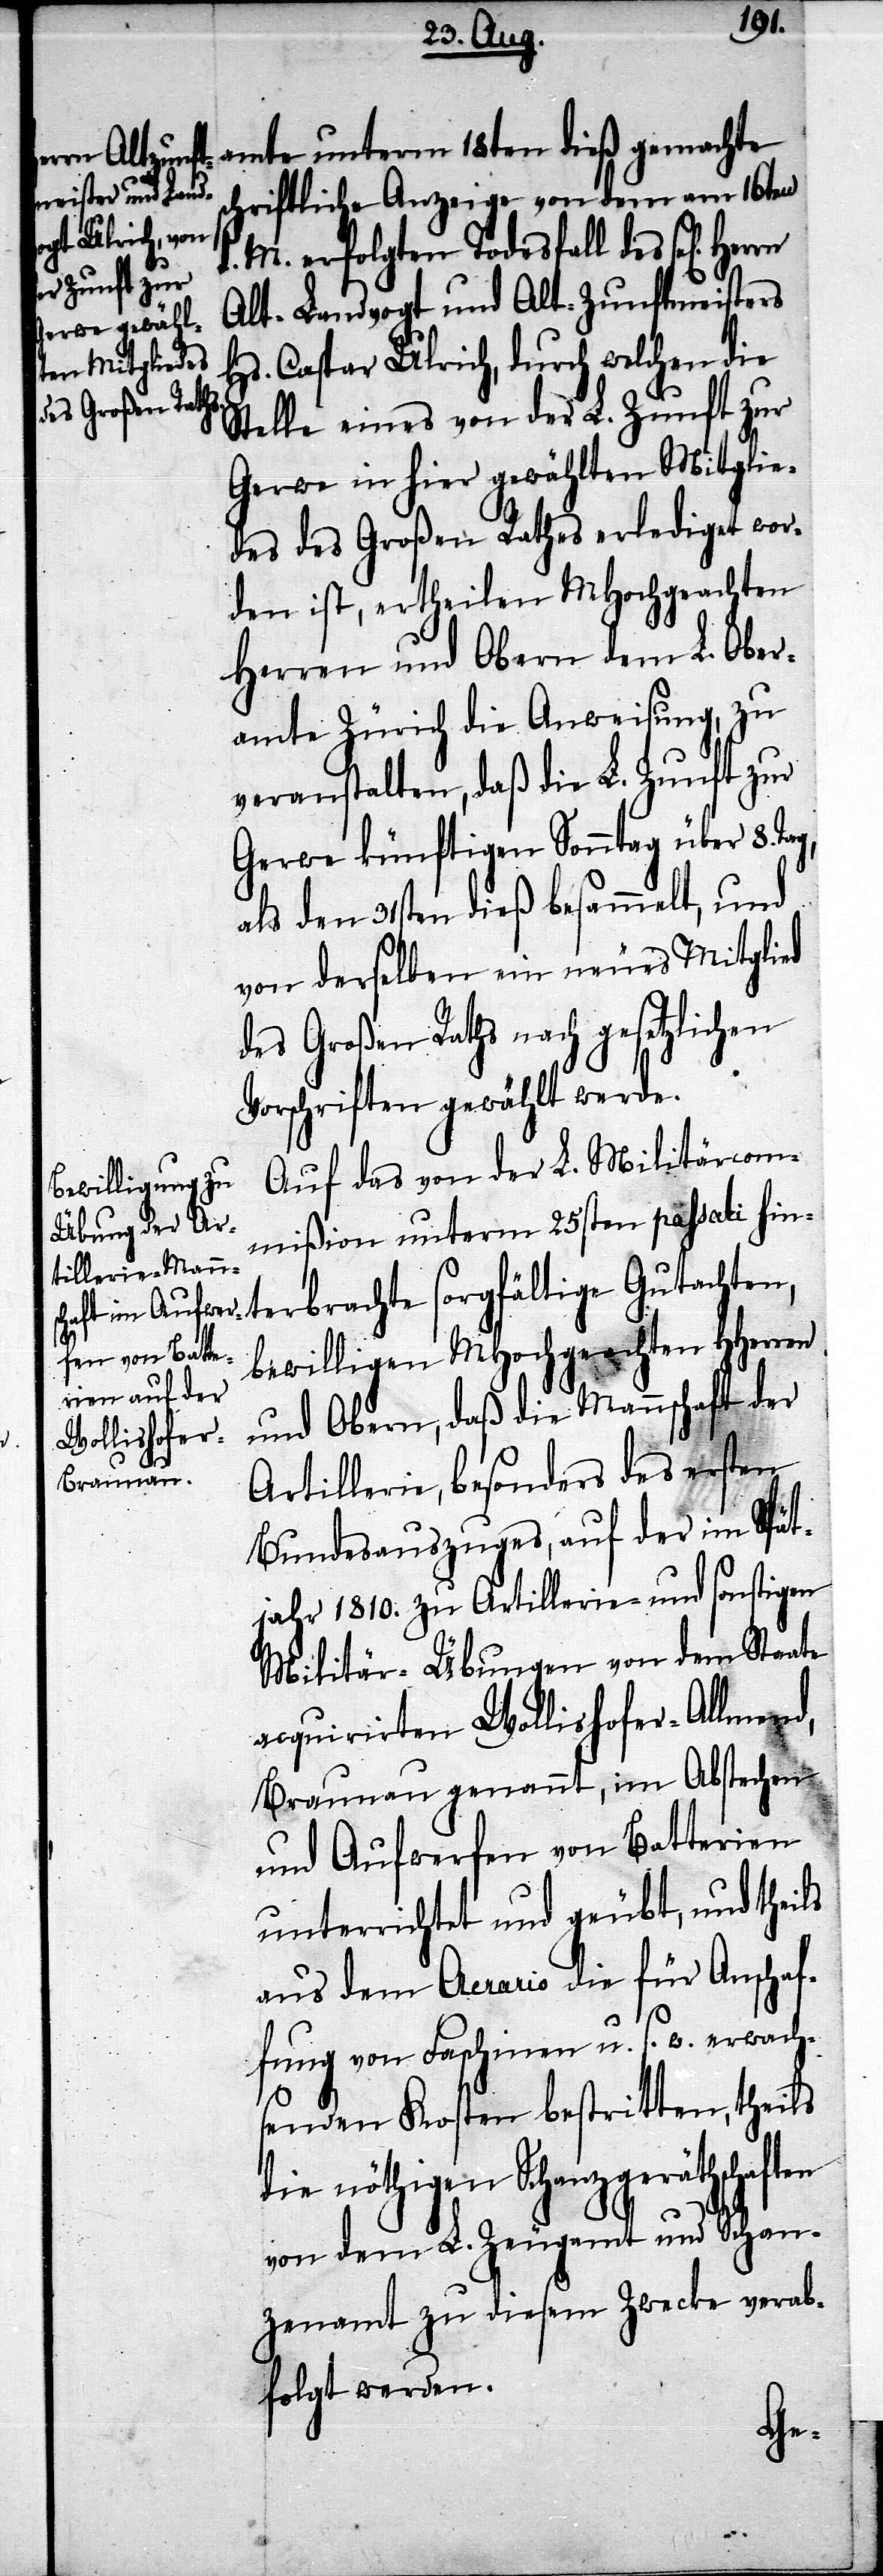
amte unterm 18ten dieß gemachte
schriftliche Anzeige von dem am 16ten
d. M. erfolgten Todesfall des sel[igen]
Alt-Landvogt und Alt-Zunftmeisters
Hs. Caspar Ulrich, durch welchen die
Stelle eines von der L. Zunft zur
Gerwe in hier gewählten Mitglie¬
des des Großen Rathes erlediget wor¬
den ist, ertheilen MHochgeachten
Herren und Obern dem L. Ober¬
amte Zürich die Anweisung, zu
veranstalten, daß die L. Zunft zur
Gerwe künftigen Sonntag über 8. Ta¬
als den 31sten dieß besammelt, und
von derselben ein neues Mitglied
des Großen Raths nach gesetzlichen
Vorschriften gewählt werde.
Auf das von der L. Militärcom¬
mißion unterm 25sten passati hin¬
terbrachte sorgfältige Gutachten,
bewilligen MHochgeachten HHerren
und Obern, daß die Mannschaft der
Artillerie, besonders des ersten
Bundesauszuges, auf der im Spät¬
jahr 1810. zu Artillerie- und sonstigen
Militär-Übungen von dem Staate
acquirirten Wollishofer-Allmend,
Braunau genannt, im Abstechen
und Aufwerfen von Batterien
unterrichtet und geübt, und theils
aus dem Aerario die für Anschaf¬
g,
fung von Faschinen u. s. w. erwach¬
senden Kosten bestritten, theils
die nöthigen Schanzgeräthschaften
von dem L. Zeugamt und Schan¬
zenamt zu diesem Zwecke verab¬
folgt werden.